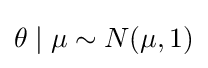
\theta \mid \mu \sim N(\mu ,1)